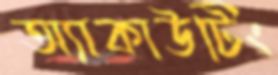
অ্যাকাউটিং